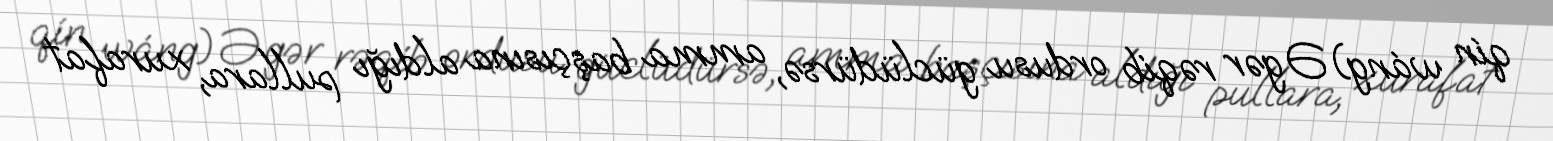
qín wáng) Əgər rəqib ordusu güclüdürsə, amma başçısına aldığı pullara, xurafat